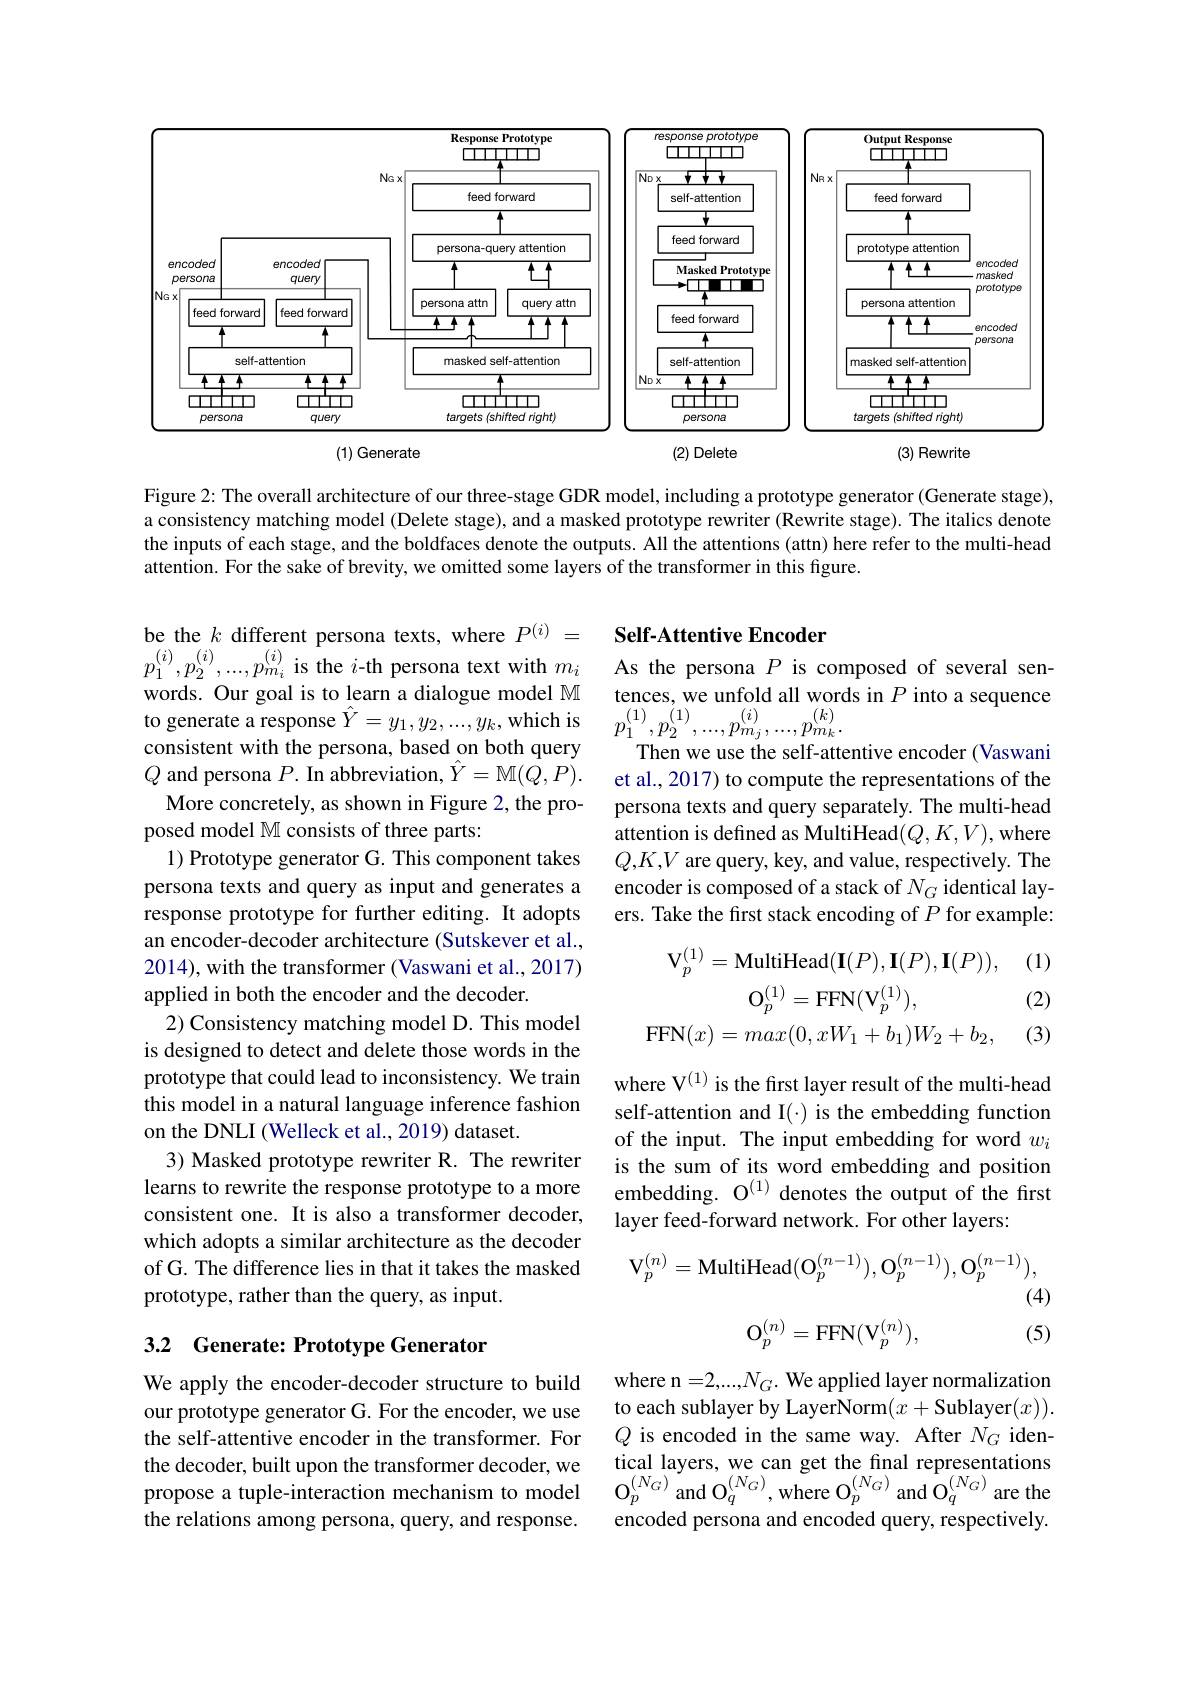
<FigureHere>

(2) Delete
(3) Rewrite
(1) Generate

Figure 2: The overall architecture of our three-stage GDR model, including a prototype generator (Generate stage), a consistency matching model (Delete stage), and a masked prototype rewriter (Rewrite stage). The italics denote the inputs of each stage, and the boldfaces denote the outputs. All the attentions (attn) here refer to the multi-head attention. For the sake of brevity, we omitted some layers of the transformer in this figure.

### Self-Attentive Encoder

As the persona $P$ is composed of several sentences, we unfold all words in $P$ into a sequence $p_{1}^{(1)},p_{2}^{(1)},...,p_{m_{j}}^{(i)},...,p_{m_{k}}^{(k)}.$

Then we use the self-attentive encoder (Vaswani et al., 2017) to compute the representations of the persona texts and query separately. The multi-head attention is defined as MultiHead$(Q,K,V)$,where $Q,K,V$ are query, key, and value, respectively. The encoder is composed of a stack of $N_G$ identical layers. Take the first stack encoding of $P$ for example:

(1)

be the $k$ different persona texts, where $P^{(i)}=$ $p_{1}^{(i)},p_{2}^{(i)},...,p_{m_{i}}^{(i)}$ is the $i$-th persona text with $m_{i}$ words. Our goal is to learn a dialogue model $\mathbb{M}$ to generate a response $\hat{Y}=y_1,y_2,...,y_k$,which is consistent with the persona, based on both query $Q$ and persona $P.$ In abbreviation, $\hat{Y}=$M$(\tilde{Q},P).$ More concretely, as shown in Figure 2, the pro-
posed model M consists of three parts:
1) Prototype generator G. This component takes persona texts and query as input and generates a response prototype for further editing. It adopts an encoder-decoder architecture (Sutskever et al., 2014), with the transformer (Vaswani et al., 2017) applied in both the encoder and the decoder.
2) Consistency matching model D. This model is designed to detect and delete those words in the prototype that could lead to inconsistency. We train this model in a natural language inference fashion on the DNLI (Welleck et al., 2019) dataset.
3) Masked prototype rewriter R. The rewriter learns to rewrite the response prototype to a more consistent one. It is also a transformer decoder, which adopts a similar architecture as the decoder of G. The difference lies in that it takes the masked prototype, rather than the query, as input.
$$\mathrm{V}_{p}^{(1)}=\mathrm{MultiHead}(\mathbf{I}(P),\mathbf{I}(P),\mathbf{I}(P)),\\\mathrm{O}_{p}^{(1)}=\mathrm{FFN}(\mathrm{V}_{p}^{(1)}),\\\mathrm{FFN}(x)=max(0,xW_{1}+b_{1})W_{2}+b_{2},$$
(2)

(3)

where V$^{(1)}$ is the first layer result of the multi-head self-attention and I(·) is the embedding function of the input. The input embedding for word $w_i$ is the sum of its word embedding and position embedding. O$^{(1)}$ denotes the output of the frst layer feed-forward network. For other layers:
$$\mathrm{V}_p^{(n)}=\mathrm{MultiHead}(\mathrm{O}_p^{(n-1)}),\mathrm{O}_p^{(n-1)}),\mathrm{O}_p^{(n-1)}),$$
(4)
$$\mathrm{O}_p^{(n)}=\mathrm{FFN}(\mathrm{V}_p^{(n)}),$$
(5)

### 3.2 Generate: Prototype Generator

where n =2,....,NG. We applied layer normalization to each sublayer by LayerNorm$(x+$Sublayer$(x)).$ $Q$ is encoded in the same way. After $N_G$ identical layers, we can get the final representations $\mathrm{O}_{p}^{(N_{G})}$and O$_q^{(N_{G})}$,where O$_p^{(N_{G})}$ and $\mathrm{O}_q^{(N_{G})}$ are the encoded persona and encoded query, respectively.

We apply the encoder-decoder structure to build our prototype generator G. For the encoder, we use the self-attentive encoder in the transformer. For the decoder, built upon the transformer decoder, we propose a tuple-interaction mechanism to model the relations among persona, query, and response.